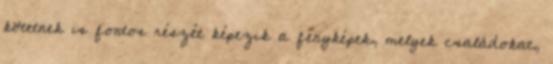
kötetnek is fontos részét képezik a fényképek, melyek családokat,